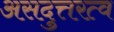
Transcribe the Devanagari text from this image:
असदुत्तरत्व